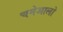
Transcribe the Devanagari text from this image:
चमेआलो